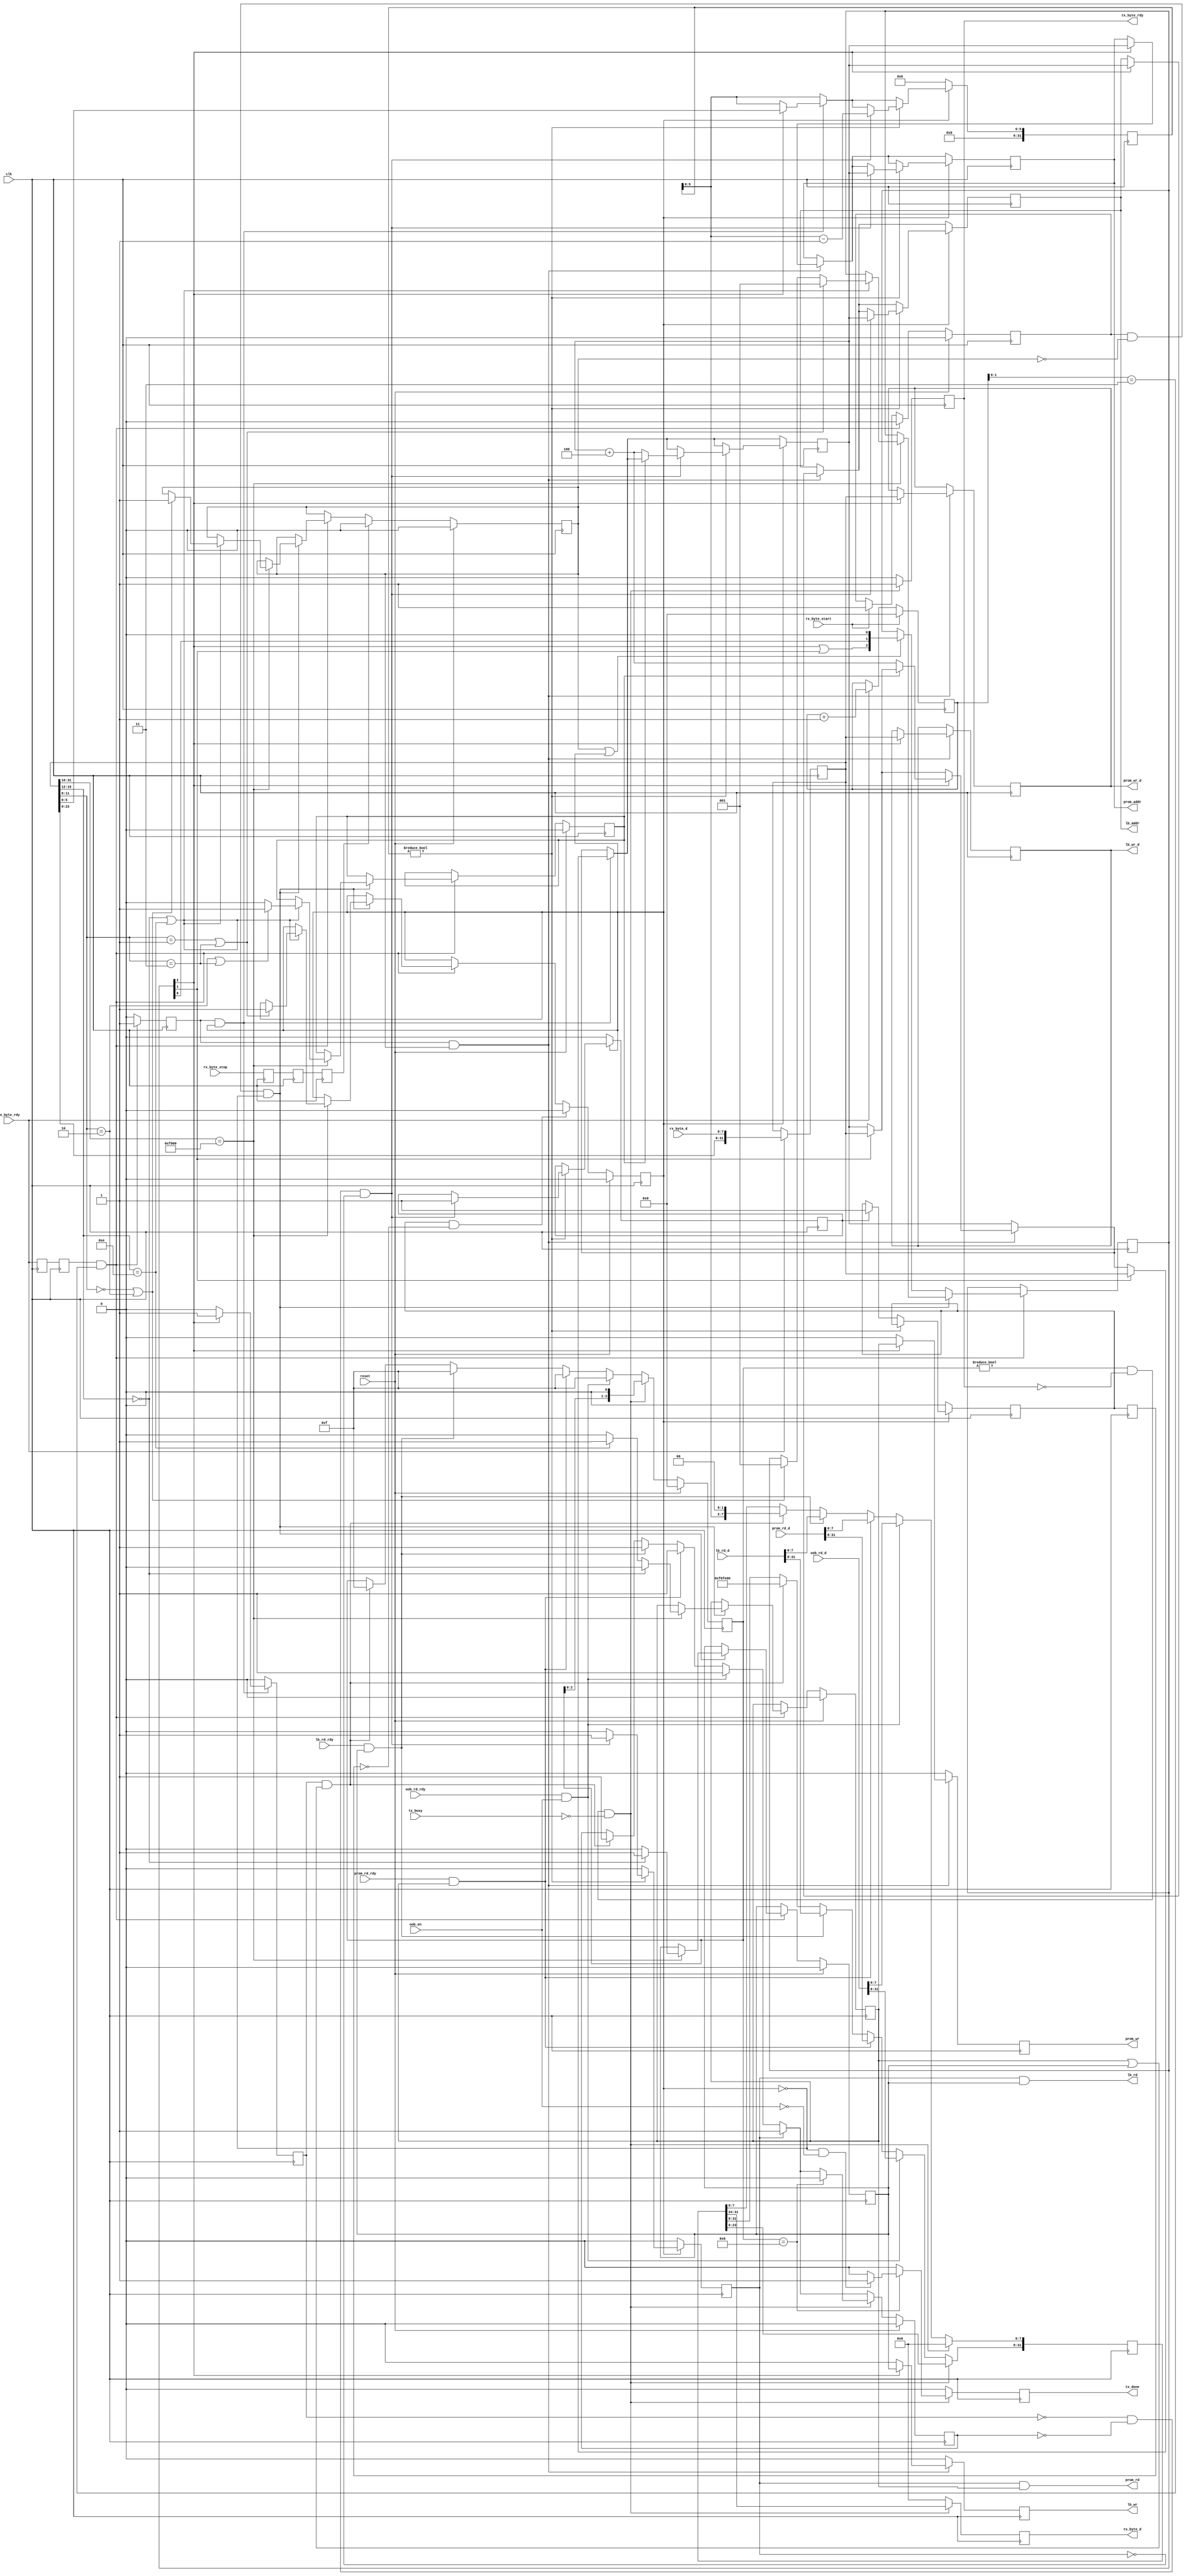
/* ****************************************************************************
-- (C) Copyright 2015 Kevin M. Hubbard @ Black Mesa Labs
-- Source file: mesa2lb.v                
-- Date:        October 4, 2015   
-- Author:      khubbard
-- Language:    Verilog-2001 
-- Description: The Mesa Bus to LocalBus translator. Uses a Subslot for LB
--              Reads and Writes using 4 different command nibbles. Also
--              decodes the BSP subslots for things like pin control, power
--              modes and scope out debug features.
-- License:     This project is licensed with the CERN Open Hardware Licence
--              v1.2.  You may redistribute and modify this project under the
--              terms of the CERN OHL v.1.2. (http://ohwr.org/cernohl).
--              This project is distributed WITHOUT ANY EXPRESS OR IMPLIED
--              WARRANTY, INCLUDING OF MERCHANTABILITY, SATISFACTORY QUALITY
--              AND FITNESS FOR A PARTICULAR PURPOSE. Please see the CERN OHL
--              v.1.2 for applicable Conditions.
--
--
--    "\n"..."FFFF"."(F0-12-34-04)[11223344]\n" : 
--        0xFF = Bus Idle ( NULLs )
--  B0    0xF0 = New Bus Cycle to begin ( Nibble and bit orientation )
--  B1    0x12 = Slot Number, 0xFF = Broadcast all slots, 0xFE = NULL Dest
--  B2    0x3  = Sub-Slot within the chip (0-0xF)
--        0x4  = Command Nibble for Sub-Slot
--  B3    0x04 = Number of Payload Bytes (0-255)
--        0x11223344 = Payload
--
--    Slot 0xFF    = Broadcast all slots
--    Sub-Slot 0x0 = User Local Bus Access
--    Sub-Slot 0xE = PROM Local Bus Access
--                   0x0 = Bus Write
--                   0x1 = Bus Read
--                   0x2 = Bus Write Repeat ( burst to single address )
--                   0x3 = Bus Read  Repeat ( burst read from single address )
--    Sub-Slot 0xF = Power and Pin Control ( Write Only )
-- 
-- SubSlot=0 : LocalBus
-- Command
--       0 : Write
--       1 : Read
--
-- Ro : 0xF0FE3404 : 
--      0xFF = Bus Idle ( NULLs )
--  B0  0xF0 = New Bus Cycle to begin ( Nibble and bit orientation )
--  B1  0xFE = Slot Number - Default is 0xFE for Ro traffic
--  B2  0x3  = Sub-Slot within the chip (0-0xF)
--      0x4  = Command Nibble for Sub-Slot
--  B3  0x04 = Number of Payload Bytes (0-255)
--     
--
-- Revision History:
-- Ver#  When      Who      What
-- ----  --------  -------- ---------------------------------------------------
-- 0.1   10.04.15  khubbard Creation
-- ***************************************************************************/
`default_nettype none // Strictly enforce all nets to be declared
                                                                                
module mesa2lb
(
  input  wire         clk,
  input  wire         reset,
  input  wire         rx_byte_start,
  input  wire         rx_byte_stop,
  input  wire         rx_byte_rdy,
  input  wire [7:0]   rx_byte_d,
  output wire [7:0]   tx_byte_d,
  output wire         tx_byte_rdy,
  output reg          tx_done,
  input  wire         tx_busy,
  output reg          lb_wr,
  output wire         lb_rd,
  output reg  [31:0]  lb_wr_d,
  output reg  [31:0]  lb_addr,
  input  wire [31:0]  lb_rd_d,
  input  wire         lb_rd_rdy,
  input  wire         oob_en,
  input  wire [31:0]  oob_rd_d,
  input  wire         oob_rd_rdy,
  output reg          prom_wr,
  output wire         prom_rd,
  output reg  [31:0]  prom_wr_d,
  output reg  [31:0]  prom_addr,
  input  wire [31:0]  prom_rd_d,
  input  wire         prom_rd_rdy
); // module mesa2lb


  reg           lb_rd_loc;
  reg [3:0]     byte_cnt;
  reg [31:0]    addr_cnt;
  reg [31:0]    addr_len;
  reg [31:0]    dword_sr;
  reg           rx_byte_rdy_p1;
  reg           rx_byte_rdy_p2;
  reg           rx_byte_rdy_p3;
  reg           rx_byte_stop_p1;
  reg           rx_byte_stop_p2;
  reg           rx_byte_stop_p3;
  reg           header_jk;
  reg           wr_jk;
  reg           rd_jk;
  reg           rpt_jk;
  reg [2:0]     dword_stage;
  reg           dword_rdy;
  reg           reading;
  reg           rd_done;
  reg           rd_done_p1;
  reg [31:0]    lb_rd_sr;
  reg [3:0]     lb_rd_fsm;
  reg           rd_busy;
  reg [7:0]     rd_byte_d;
//reg [7:0]     rd_timeout_cnt;
//reg           rd_timeout_cnt_p1;
  reg           rd_byte_rdy;
  reg           lb_user_jk;
  reg           lb_prom_jk;
  reg           ro_header_rdy;


// TODO: Write and Read burst Lengths should be reduced from 32bits for timing
// TODO: A new cycle should always clear wr_jk and rd_jk in case a read timeout
  assign tx_byte_d   = rd_byte_d[7:0];
  assign tx_byte_rdy = rd_byte_rdy;




//-----------------------------------------------------------------------------
// Shift a nibble into a byte shift register. 
//        |---- Header ----|--- Payload ---|
//           0   1   2   3
// Write : <F0><00><00><08>[<ADDR><DATA>]
// Read  : <F0><00><00><08>[<ADDR><Length>]
//-----------------------------------------------------------------------------
always @ ( posedge clk ) begin : proc_lb1
 rx_byte_rdy_p1  <= rx_byte_rdy;
 rx_byte_rdy_p2  <= rx_byte_rdy_p1;
 rx_byte_rdy_p3  <= rx_byte_rdy_p2;
 rx_byte_stop_p1 <= rx_byte_stop;
 rx_byte_stop_p2 <= rx_byte_stop_p1;
 rx_byte_stop_p3 <= rx_byte_stop_p2;
 dword_rdy       <= 0;

 if ( rx_byte_start == 1 ) begin
   byte_cnt   <= 4'd0;
   header_jk  <= 1;
 end else if ( rx_byte_rdy == 1 ) begin 
   byte_cnt   <= byte_cnt + 1; 
 end 

 // Shift bytes into a 32bit SR
 if ( rx_byte_rdy == 1 ) begin 
   dword_sr[31:0] <= { dword_sr[23:0], rx_byte_d[7:0] };
 end

 // After we have 4 bytes, look for Slot=00,SubSlot=0,Command=0or1 (WR or RD)
 if ( rx_byte_rdy_p2 == 1 && byte_cnt[1:0] == 2'd3 ) begin
   dword_rdy <= 1;
   header_jk <= 0;
   if ( header_jk == 1 && wr_jk == 0 && rd_jk == 0 ) begin 
     // Note: This doesn't handle slot broadcast - only direct for LB Access
     if ( dword_sr[31:16] == 16'hF000 ) begin
       lb_user_jk <= 0;
       lb_prom_jk <= 0;
       if          ( dword_sr[15:12] == 4'h0 ) begin
         lb_user_jk <= 1;
       end else if ( dword_sr[15:12] == 4'hE ) begin
         lb_prom_jk <= 1;
       end

       if ( dword_sr[15:12] == 4'h0 || dword_sr[15:12] == 4'hE ) begin
         if ( dword_sr[11:8] == 4'h0 || dword_sr[11:8] == 4'h2 ) begin
           wr_jk       <= 1;
           dword_stage <= 3'b001;
         end 
         if ( dword_sr[11:8] == 4'h1 || dword_sr[11:8] == 4'h3 ) begin
           rd_jk         <= 1;
           dword_stage   <= 3'b001;
         end 
         // Repeat_JK Asserts to burst to/from single address
         if ( dword_sr[11:8] == 4'h2 || dword_sr[11:8] == 4'h3 ) begin
           rpt_jk <= 1;
         end else begin
           rpt_jk <= 0;
         end
       end // if ( dword_sr[15:12] == 4'h0 || dword_sr[15:12] == 4'hE ) begin
     end // if ( dword_sr[31:16] == 16'hF000 ) begin
   end else begin
     // Payload
     if ( wr_jk == 1 || rd_jk == 1 ) begin
       // This shifts 001 to 010, 100 then halts at 100
       // It records burst write stages of header,addr,data,data
       dword_stage <= { ( dword_stage[2] | dword_stage[1] ), 
                          dword_stage[0],
                          1'b0 };
     end
   end // if ( wr_jk == 0 && rd_jk == 0 ) begin 
 end // if ( rx_byte_rdy_p2 == 1 && byte_cnt[1:0] == 2'd3 ) begin

 //
 if ( rx_byte_stop_p3 == 1 ) begin
   wr_jk   <= 0;
 end
 if ( rd_done == 1 && rd_done_p1 == 0 ) begin
   rd_jk   <= 0;
 end
 if ( reset == 1 ) begin
   wr_jk      <= 0;
   rd_jk      <= 0;
   rpt_jk     <= 0;
   lb_user_jk <= 0;
   lb_prom_jk <= 0;
   header_jk  <= 0;
 end
 
end // proc_lb1


//-----------------------------------------------------------------------------
// Convert serial stream into parallel local bus
//-----------------------------------------------------------------------------
always @ ( posedge clk ) begin : proc_lb2
  lb_wr      <= 0;
  prom_wr    <= 0;
  lb_rd_loc  <= 0;
//lb_wr_d    <= 32'd0;
//lb_addr    <= 32'd0;
//prom_wr_d  <= 32'd0;
//prom_addr  <= 32'd0;
  rd_done_p1 <= rd_done;
  ro_header_rdy <= 0;

  if ( dword_rdy == 1 && wr_jk == 1 ) begin
    if ( dword_stage[1] == 1 ) begin
      addr_cnt <= dword_sr[31:0];// 1st DWORD of WR is LB Address
    end
    if ( dword_stage[2] == 1 ) begin
      lb_wr     <= lb_user_jk;
      prom_wr   <= lb_prom_jk;
      lb_addr   <= addr_cnt[31:0];// Load the stored address
      prom_addr <= addr_cnt[31:0];// Load the stored address
      lb_wr_d   <= dword_sr[31:0];// 2nd+ DWORDs or WR is Burst Data
      prom_wr_d <= dword_sr[31:0];// 2nd+ DWORDs or WR is Burst Data
      if ( rpt_jk == 0 ) begin
        addr_cnt  <= addr_cnt + 4;  // Increment address for next cycle
      end
    end
  end // if ( dword_rdy == 1 && wr_jk == 1 ) begin

  if ( dword_rdy == 1 && rd_jk == 1 ) begin
    if ( dword_stage[1] == 1 ) begin
      addr_cnt      <= dword_sr[31:0];// 1st DWORD of RD is LB Address
    end
    if ( dword_stage[2] == 1 ) begin
      addr_len      <= dword_sr[31:0];// 2nd DWORD of RD is Num DWORDs to Read
      ro_header_rdy <= 1;// Send Ro Header as we know length of packet to send
    end
  end // if ( dword_rdy == 1 && rd_jk == 1 ) begin

  if ( rd_jk == 0 ) begin
    addr_len       <= 32'd0;
    rd_done        <= 0;
    reading        <= 0;
  end else begin
    if ( addr_len != 32'd0 ) begin
      if ( ro_header_rdy == 0 && rd_busy == 0 && lb_rd_loc == 0 ) begin
        lb_rd_loc <= 1;
        lb_addr   <= addr_cnt[31:0];// Load stored address
        prom_addr <= addr_cnt[31:0];// Load stored address
        addr_len  <= addr_len - 1;  // Decrement DWORD length counter   
        reading   <= 1;
        if ( rpt_jk == 0 ) begin
          addr_cnt  <= addr_cnt + 4;  // Increment address for next cycle
        end
      end
    end else begin
      if ( reading == 1 ) begin
        rd_done <= 1;
      end
    end
  end // if ( rd_jk == 0 ) begin

//addr_cnt[31:12] <= 20'd0;// Harvest bits for timing
//addr_len[31:12] <= 20'd0;// Harvest bits for timing
// Max 63 DWORD Read as MesaBus payload max size is 255 bytes
  addr_len[31:6]  <= 26'd0;// Harvest bits for timing. 

end // proc_lb2
  assign lb_rd   = lb_rd_loc & lb_user_jk;
  assign prom_rd = lb_rd_loc & lb_prom_jk;


//-----------------------------------------------------------------------------
// Shift the readback data out 1 byte at a time 
//-----------------------------------------------------------------------------
always @ ( posedge clk ) begin : proc_lb3
  tx_done     <= 0;
  rd_byte_rdy <= 0;
  rd_byte_d   <= 8'H00;
//rd_timeout_cnt_p1 <= rd_timeout_cnt[7];

  // Timeout after 128 clocks
//if ( reset == 1 ) begin
//  rd_timeout_cnt <= 8'H00;// Stopped
//end else begin
//  if ( lb_user_jk == 1 || lb_prom_jk == 1 ) begin
//    if ( lb_rd_loc == 1 ) begin
//      rd_timeout_cnt    <= 8'H80;// Enable the count For 0-127
//    end else if ( lb_rd_rdy == 1 || prom_rd_rdy == 1 ) begin
//      rd_timeout_cnt[7] <= 0;// Stop the Count
//      rd_timeout_cnt_p1 <= 0;
//    end else if ( rd_timeout_cnt[7] == 1 ) begin
//      rd_timeout_cnt    <= rd_timeout_cnt + 1;
//    end else if ( rd_timeout_cnt_p1 == 1 ) begin
//      rd_timeout_cnt <= 8'H00;// Stopped
//      lb_rd_sr       <= 32'hDEADBEEF;
//      lb_rd_fsm      <= 4'b1111;
//      rd_busy        <= 1;
//    end
//  end
//end

  // rd_busy asserts when a 32bit Ro shift out is starting to pause bursts
  if ( ro_header_rdy == 1 && ( lb_prom_jk == 1 || lb_user_jk == 1 ) ) begin
    lb_rd_sr[31:8] <= 24'hF0FE00;
    lb_rd_sr[7:0]  <= { addr_len[5:0], 2'b00 };// Number of Return Bytes
    lb_rd_fsm      <= 4'b1111;
    rd_busy        <= 1;
  end
  if ( lb_rd_rdy == 1 && lb_user_jk == 1 ) begin
    lb_rd_sr  <= lb_rd_d[31:0];
    lb_rd_fsm <= 4'b1111;
    rd_busy   <= 1;
  end
  if ( prom_rd_rdy == 1 && lb_prom_jk == 1 ) begin
    lb_rd_sr  <= prom_rd_d[31:0];
    lb_rd_fsm <= 4'b1111;
    rd_busy   <= 1;
  end
  if ( oob_rd_rdy == 1 && oob_en == 1 ) begin
    lb_rd_sr  <= oob_rd_d[31:0];// oob stands for Out of Band signaling
    lb_rd_fsm <= 4'b1111;
    rd_busy   <= 1;
  end

  if ( lb_rd_loc == 1 ) begin
    rd_busy <= 1;
  end

  if ( lb_rd_fsm != 4'b0000 && rd_byte_rdy == 0 && tx_busy == 0 ) begin
    rd_byte_d   <= lb_rd_sr[31:24];
    rd_byte_rdy <= 1;
    lb_rd_sr    <= { lb_rd_sr[23:0], 8'h00 };
    lb_rd_fsm   <= { lb_rd_fsm[2:0], 1'b0  };
    if ( lb_rd_fsm == 4'b1000 ) begin
      rd_busy <= 0;
      if ( rd_jk == 0 && oob_en == 0 ) begin
        tx_done <= 1;
      end
    end
  end

  if ( reset == 1 ) begin 
    lb_rd_fsm  <= 4'b0000;
    rd_busy    <= 0;
  end 
end // proc_lb3


endmodule // mesa2lb